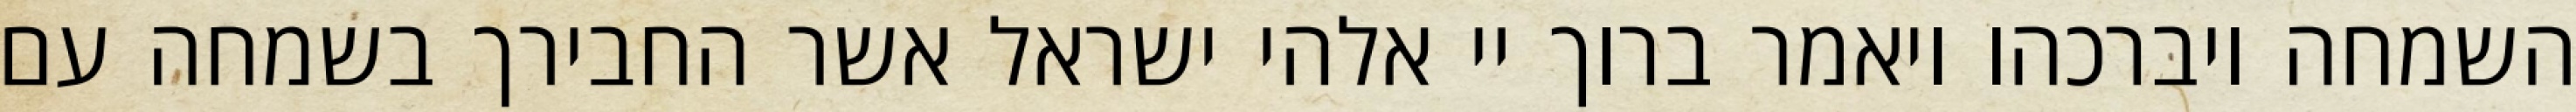
השמחה ויברכהו ויאמר ברוך יי אלהי ישראל אשר החבירך בשמחה עם